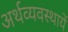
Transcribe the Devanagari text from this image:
अर्थव्यवस्थायें